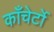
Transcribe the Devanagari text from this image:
काँचेर्टो